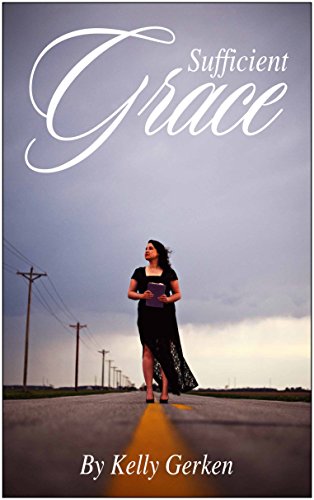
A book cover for Sufficient Grace; Kelly Gerken; Christian Books & Bibles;